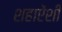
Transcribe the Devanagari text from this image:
शहाऐंशी